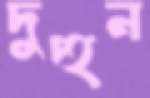
দুহুন